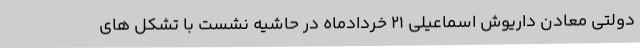
دولتی معادن داریوش اسماعیلی 21 خردادماه در حاشیه نشست با تشکل های